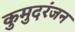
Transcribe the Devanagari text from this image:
कुमुदरंजन